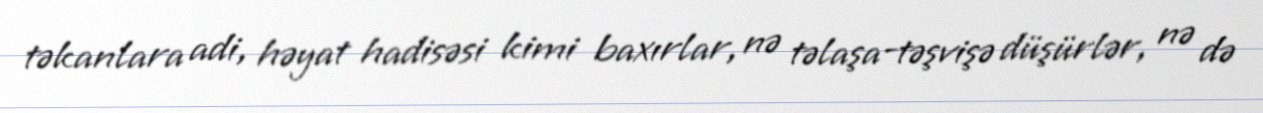
təkanlara adi, həyat hadisəsi kimi baxırlar, nə təlaşa-təşvişə düşürlər, nə də